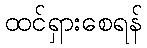
ထင်ရှားစေရန်